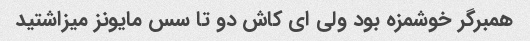
همبرگر خوشمزه بود ولی ای کاش دو تا سس مایونز میزاشتید